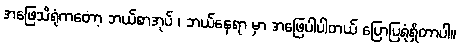
အဖြေသိရုံကတော့ ဘယ်စာအုပ် ၊ ဘယ်နေရာ မှာ အဖြေပါပါတယ် ပြောပြရုံရှိတာပါ။